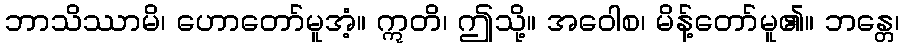
ဘာသိဿာမိ၊ ဟောတော်မူအံ့။ ဣတိ၊ ဤသို့။ အဝေါစ၊ မိန့်တော်မူ၏။ ဘန္တေ၊